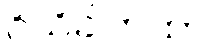
ဝိသိခါကထာ